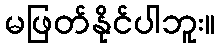
မဖြတ်နိုင်ပါဘူး။